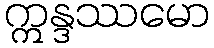
ဣန္ဒဿမော